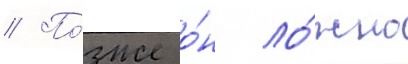
// По́зже о́н ло́жно